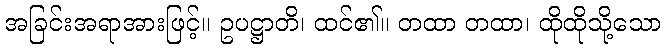
အခြင်းအရာအားဖြင့်။ ဥပဋ္ဌာတိ၊ ထင်၏။ တထာ တထာ၊ ထိုထိုသို့သော